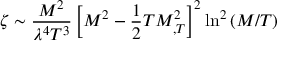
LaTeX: \zeta \sim \frac { M ^ { 2 } } { \lambda ^ { 4 } T ^ { 3 } } \left[ M ^ { 2 } - \frac 1 2 T M _ { , T } ^ { 2 } \right] ^ { 2 } \ln ^ { 2 } \left( M / T \right)